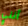
أنني